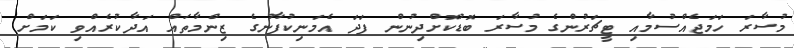
މުސާރަ ހަމަޖެއްސުމާއި ޓީޗަރުންގެ މުސާރަ ބޮޑުކޮށްދިނުން ފަދަ އެމަނިކުފާނުގެ ޒިންމާތައް އަދާކުރެއްވި ކަމަށް